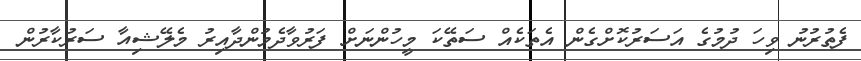
ފެތުރުނު ވިހަ ދުމުގެ އަސަރުކޮށްގެން އެތަކެއް ސަތޭކަ މީހުންނަށް ފަރުވާދެމުންދާއިރު މެލޭޝިއާ ސަރުކާރުން